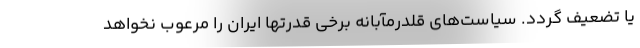
یا تضعیف گردد. سیاست‌های قلدرمآبانه برخی قدرتها ایران را مرعوب نخواهد